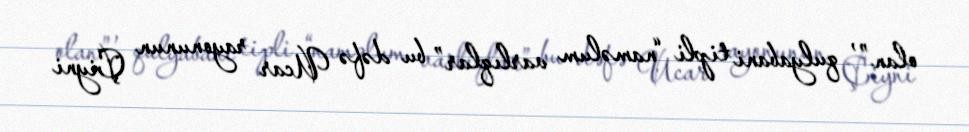
olan” , qulyabani tipli “naməlum varlıqlar” bu dəfə Ucar rayonunun Çiyni